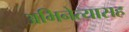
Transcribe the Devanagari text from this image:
अभिनेत्यासह